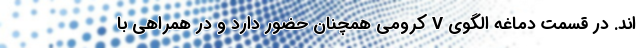
اند. در قسمت دماغه الگوی V کرومی همچنان حضور دارد و در همراهی با